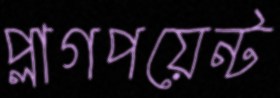
প্লাগপয়েন্ট